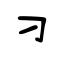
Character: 刁